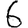
Digit: 6